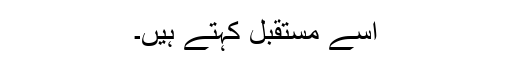
اسے مستقبل کہتے ہیں۔